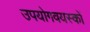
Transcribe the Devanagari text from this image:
उपयोगवयस्कों